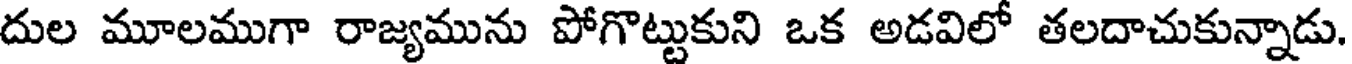
దుల మూలముగా రాజ్యమును పోగొట్టుకుని ఒక అడవిలో తలదాచుకున్నాడు.